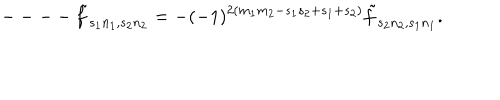
LaTeX: --- - \tilde { f } _ { s _ { 1 } n _ { 1 } , s _ { 2 } n _ { 2 } } = - ( - 1 ) ^ { 2 ( m _ { 1 } m _ { 2 } - s _ { 1 } s _ { 2 } + s _ { 1 } + s _ { 2 } ) } \tilde { f } _ { s _ { 2 } n _ { 2 } , s _ { 1 } n _ { 1 } } .